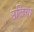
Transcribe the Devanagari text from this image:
उजिवा